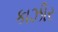
કાઝીર